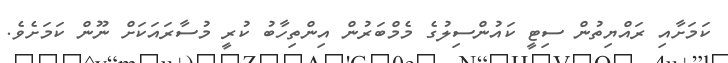
ކަމަށާއި ރައްޔިތުން ސިޓީ ކައުންސިލުގެ މެމްބަރުން އިންތިހާބު ކުރީ މުސާރައަކަށް ނޫން ކަމަށެވެ.